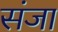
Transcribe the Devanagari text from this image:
संजा